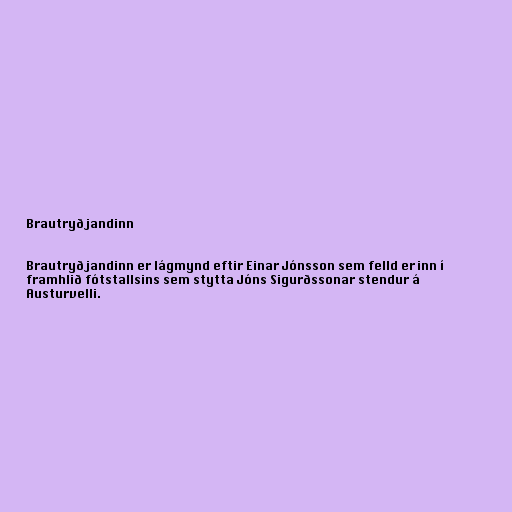
Brautryðjandinn

Brautryðjandinn er lágmynd eftir Einar Jónsson sem felld er inn í
framhlið fótstallsins sem stytta Jóns Sigurðssonar stendur á
Austurvelli.